Scottish Leaving Certificate Examination, 1958
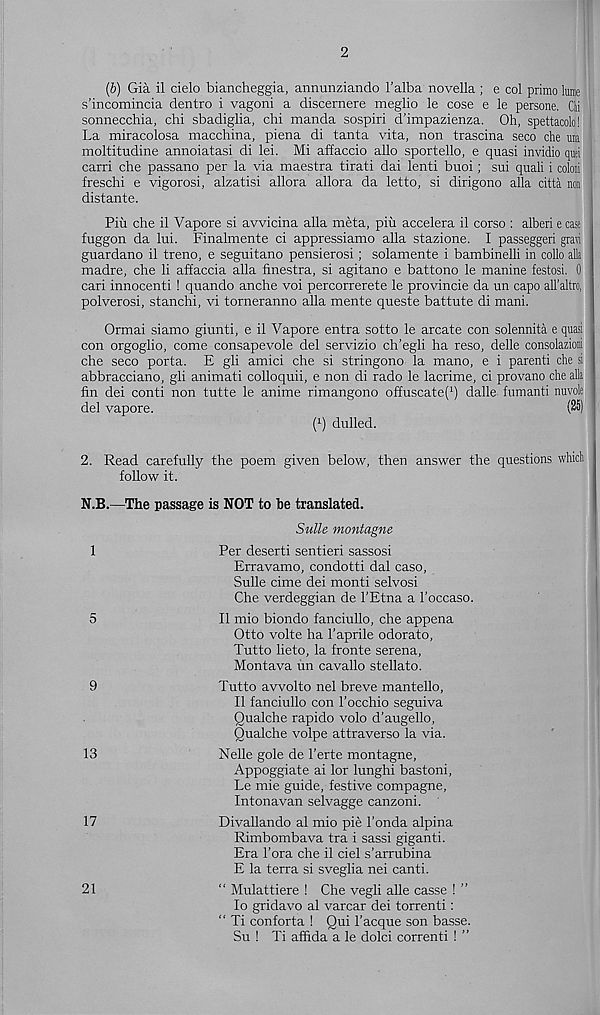
2
(b) Gia il cielo biancheggia, annunziando 1’alba novella ; e col prime lume
s’incomincia dentro i vagoni a discernere meglio le cose e le persone. Chi
sonnecchia, chi sbadiglia, chi manda sospiri d’impazienza. Oh, spettacolo!
La miracolosa macchina, piena di tanta vita, non trascina seco die m
moltitudine annoiatasi di lei. Mi affaccio alio sportello, e quasi invidio qaei
carri che passano per la via maestra tirati dai lenti buoi; sui quali i coloii
freschi e vigorosi, alzatisi allora allora da letto, si dirigono alia citta non
distante.
Piu che il Vapore si avvicina alia meta, pin accelera il corso : alberi e case
fuggon da lui. Finalmente ci appressiamo alia stazione. I passeggeri gravi
guardano il treno, e seguitano pensierosi; solamente i bambinelli in collo alia
madre, che li affaccia alia finestra, si agitano e battono le manine festosi. 0
cari innocent! 1 quando anche voi percorrerete le provincie da un capo all’altro,
polverosi, stanchi, vi torneranno alia mente queste battute di mani.
Ormai siamo giunti, e il Vapore entra sotto le arcate con solennita e quasi
con orgoglio, come consapevole del servizio ch’egli ha reso, delle consolazioni
che seco porta. E gli amici che si stringono la mano, e i parenti che si
abbracciano, gli animati colloquii, e non di rado le lacrime, ci provano che alia
fin dei conti non tutte le anime rimangono offuscate( l ) dalle fumanti nuvole
del vapore.
(25)
( 1 ) dulled.
2. Read carefully the poem given below, then answer the questions which
follow it.
N.B.—The passage is NOT to be translated.
Suite montagne
1
Per deserti sentieri sassosi
Erravamo, condotti dal caso,
Sulle cime dei monti selvosi
Che verdeggian de 1’Etna a 1’occaso.
5
II mio biondo fanciullo, che appena
Otto volte ha I’aprile odorato,
Tutto lieto, la fronte serena,
Montava un cavallo stellato.
9
Tutto avvolto nel breve mantello,
Il fanciullo con I’occhio seguiva
Qualche rapido volo d’augello,
Qualche volpe attraverso la via.
13
Nelle gole de 1’erte montagne,
Appoggiate ai lor lunghi bastoni,
Le mie guide, festive compagne,
Intonavan selvagge canzoni.
17
Divallando al mio pie 1’onda alpina
Rimbombava tra i sassi giganti.
Era 1’ora che il ciel s’arrubina
E la terra si sveglia nei canti.
21
“ Mulattiere ! Che vegli alle casse ! ”
lo gridavo al varcar dei torrenti :
“ Ti conforta ! Qui 1’acque son basse.
Su ! Ti affida a le dolci correnti ! ”